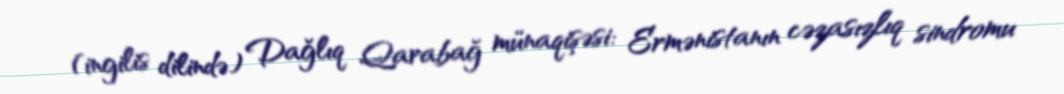
(ingilis dilində) Dağlıq Qarabağ münaqişəsi: Ermənistanın cəzasızlıq sindromu